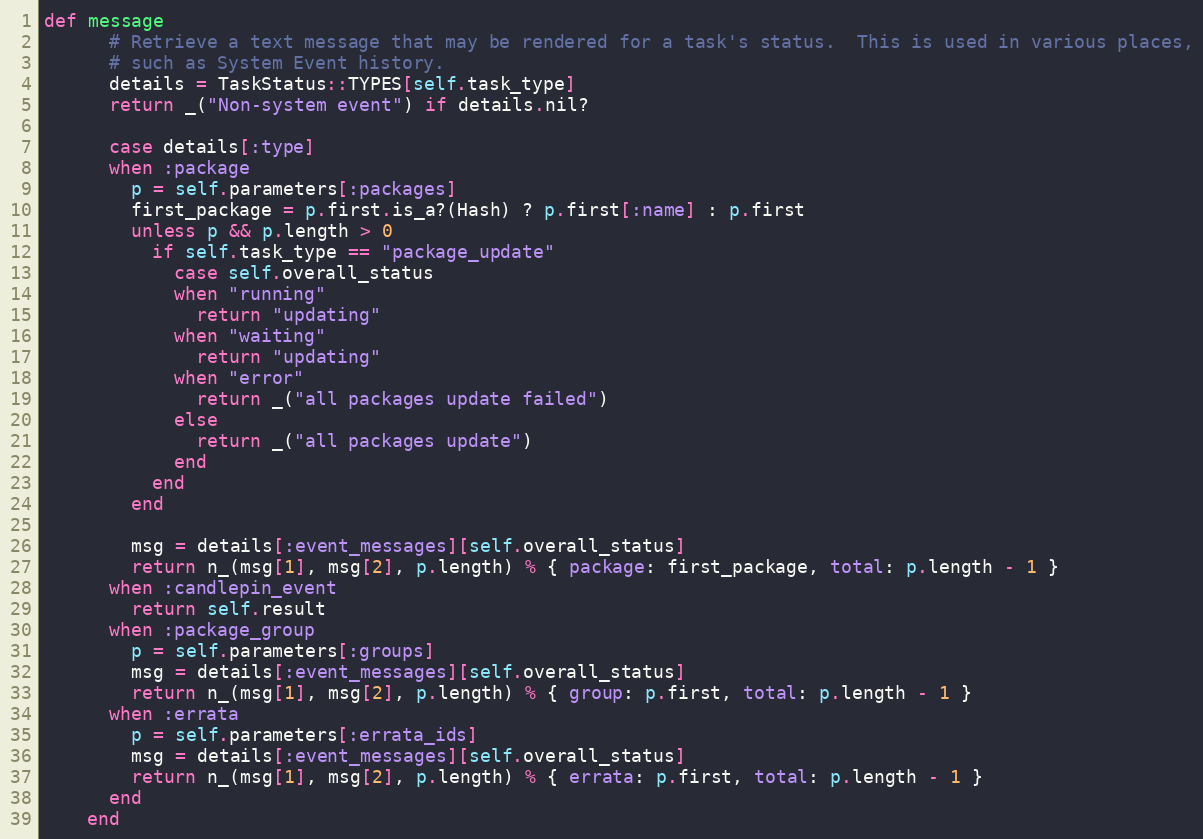
Language: Ruby
def message
      # Retrieve a text message that may be rendered for a task's status.  This is used in various places,
      # such as System Event history.
      details = TaskStatus::TYPES[self.task_type]
      return _("Non-system event") if details.nil?

      case details[:type]
      when :package
        p = self.parameters[:packages]
        first_package = p.first.is_a?(Hash) ? p.first[:name] : p.first
        unless p && p.length > 0
          if self.task_type == "package_update"
            case self.overall_status
            when "running"
              return "updating"
            when "waiting"
              return "updating"
            when "error"
              return _("all packages update failed")
            else
              return _("all packages update")
            end
          end
        end

        msg = details[:event_messages][self.overall_status]
        return n_(msg[1], msg[2], p.length) % { package: first_package, total: p.length - 1 }
      when :candlepin_event
        return self.result
      when :package_group
        p = self.parameters[:groups]
        msg = details[:event_messages][self.overall_status]
        return n_(msg[1], msg[2], p.length) % { group: p.first, total: p.length - 1 }
      when :errata
        p = self.parameters[:errata_ids]
        msg = details[:event_messages][self.overall_status]
        return n_(msg[1], msg[2], p.length) % { errata: p.first, total: p.length - 1 }
      end
    end